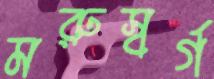
মরুস্বর্গ